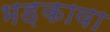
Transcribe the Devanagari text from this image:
भड़कावा